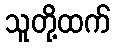
သူတို့ထက်